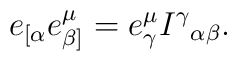
e_{[\alpha} e^\mu_{\beta]} = e^\mu_\gamma I^\gamma{}_{\alpha\beta}.